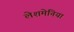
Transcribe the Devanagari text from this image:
लेशमेनिया